Document type: Sale
Year: 1305
Scribe: Bernat de Vilarúbia
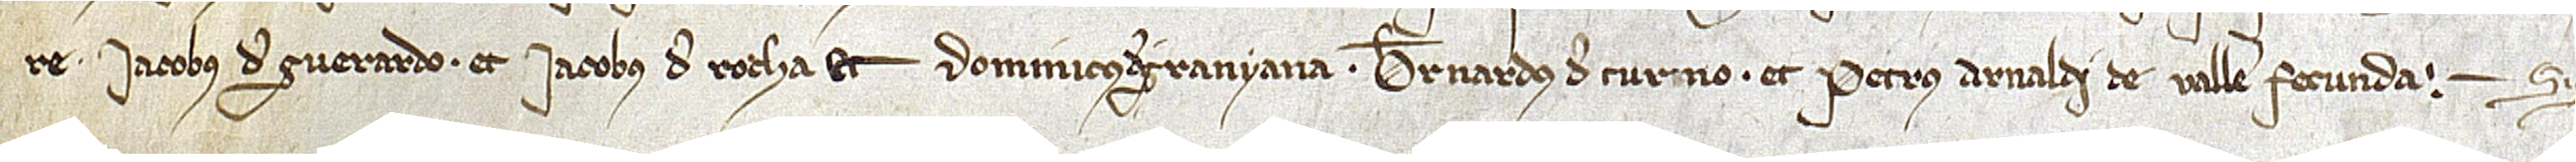
re, Iacobus de Guerardo et Iacobus de Rocha et Dominicus de Granyana, Bernardus de Turm et Petrus Arnaldi de Valle Fecunda. Sig